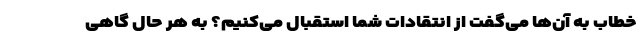
خطاب به آن‌ها می‌گفت از انتقادات شما استقبال می‌کنیم؟ به هر حال گاهی